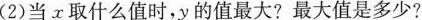
(2)当τ取什么值时，y的值最大?最大值是多少?